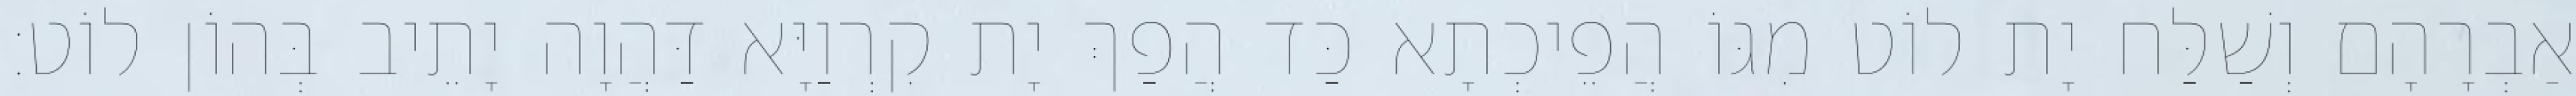
אַבְרָהָם וְשַׁלַּח יָת לוֹט מִגּוֹ הֲפֵיכְתָא כַּד הֲפַךְ יָת קִרְוַיָּא דַּהֲוָה יָתֵיב בְּהוֹן לוֹט׃